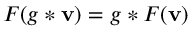
F ( g * \mathbf { v } ) = g * F ( \mathbf { v } )